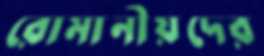
রোমানীয়দের